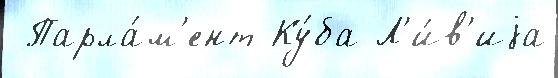
 Парла́м'ент Ку́ба Л'и́в'иjа